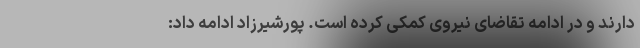
دارند و در ادامه تقاضای نیروی کمکی کرده است. پورشیرزاد ادامه داد: